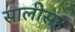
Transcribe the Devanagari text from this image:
सालीसह